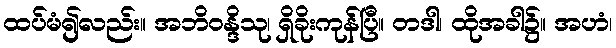
ထပ်မံ၍လည်း။ အဘိဝန္ဒိသု၊ ရှိခိုးကုန်ပြီ။ တဒါ၊ ထိုအခါ၌။ အဟံ၊